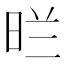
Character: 𭥪